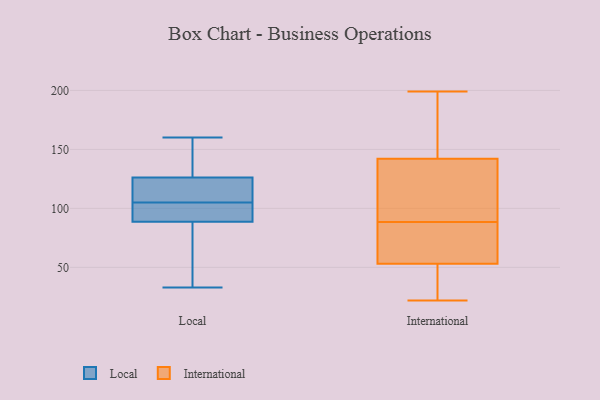
{"axis": {"x": "Headcount", "y": "Value"}, "legend": ["International", "Local"], "data": [{"x": "", "y": 104, "type": "Local"}, {"x": "", "y": 122, "type": "Local"}, {"x": "", "y": 85, "type": "Local"}, {"x": "", "y": 33, "type": "Local"}, {"x": "", "y": 140, "type": "Local"}, {"x": "", "y": 89, "type": "Local"}, {"x": "", "y": 88, "type": "Local"}, {"x": "", "y": 105, "type": "Local"}, {"x": "", "y": 122, "type": "Local"}, {"x": "", "y": 100, "type": "Local"}, {"x": "", "y": 139, "type": "Local"}, {"x": "", "y": 96, "type": "Local"}, {"x": "", "y": 120, "type": "Local"}, {"x": "", "y": 110, "type": "Local"}, {"x": "", "y": 139, "type": "Local"}, {"x": "", "y": 160, "type": "Local"}, {"x": "", "y": 76, "type": "Local"}, {"x": "", "y": 109, "type": "International"}, {"x": "", "y": 22, "type": "International"}, {"x": "", "y": 199, "type": "International"}, {"x": "", "y": 142, "type": "International"}, {"x": "", "y": 53, "type": "International"}, {"x": "", "y": 107, "type": "International"}, {"x": "", "y": 70, "type": "International"}, {"x": "", "y": 64, "type": "International"}, {"x": "", "y": 34, "type": "International"}, {"x": "", "y": 193, "type": "International"}]}